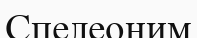
Спелеоним